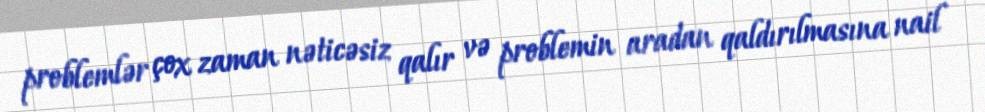
problemlər çox zaman nəticəsiz qalır və problemin aradan qaldırılmasına nail